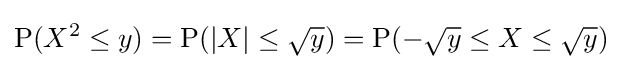
\operatorname {P} (X^{2}\leq y)=\operatorname {P} (|X|\leq {\sqrt {y}})=\operatorname {P} (-{\sqrt {y}}\leq X\leq {\sqrt {y}})